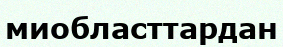
миобласттардан